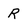
Character: R